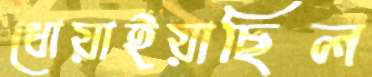
ধোয়াইয়াছিল